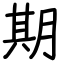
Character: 期